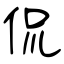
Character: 侃